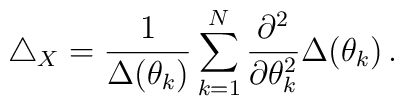
\triangle_{X}=\frac{1}{\Delta (\theta _{k})}\sum ^{N}_{k=1}\frac{\partial ^{2}}{\partial \theta _{k}^{2}}\Delta (\theta _{k})\,.